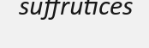
suffrutices